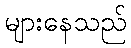
များနေသည်